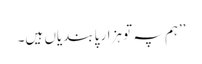
’’ہم پہ تو ہزار پابندیاں ہیں۔